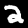
Label: 2